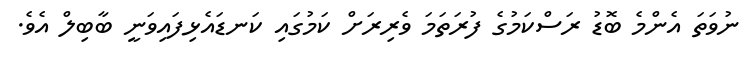
ނުވަތަ އެންމެ ބޮޑު ރަސްކަމުގެ ފުރަތަމަ ވެރިރަށް ކަމުގައި ކަނޑައެޅިފައިވަނީ ބާބިލް އެވެ.